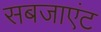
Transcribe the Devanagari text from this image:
सबजाएंट